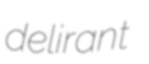
delirant